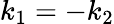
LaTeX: k_{1}=-k_{2}